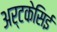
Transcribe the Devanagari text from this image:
अर्टकेसिई